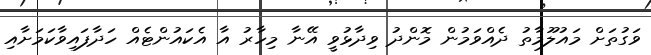
ވަގުތަށް މައުލޫމާތު ދެއްވަމުން މޮންދު ވިދާޅުވީ އޭނާ މިހާރު އާ އެކައުންޓެއް ހަދާފައިވާކަމަށާއި